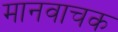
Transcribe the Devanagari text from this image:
मानवाचक